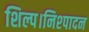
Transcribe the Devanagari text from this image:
शिल्प।निश्पादन